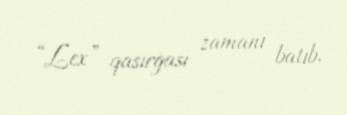
“Lex” qasırğası zamanı batıb.